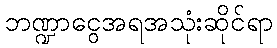
ဘဏ္ဍာငွေအရအသုံးဆိုင်ရာ